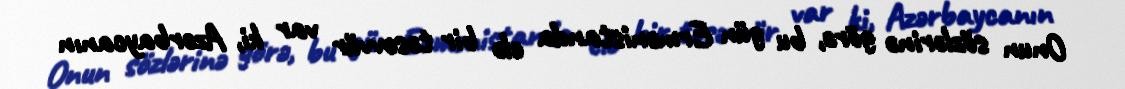
Onun sözlərinə görə, bu gün Ermənistanda elə bir təsəvvür var ki, Azərbaycanın